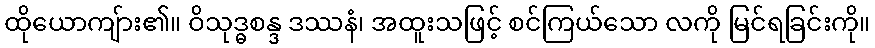
ထိုယောကျ်ား၏။ ဝိသုဒ္ဓစန္ဒ ဒဿနံ၊ အထူးသဖြင့် စင်ကြယ်သော လကို မြင်ရခြင်းကို။